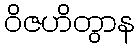
ဝိဇဟိတွာန